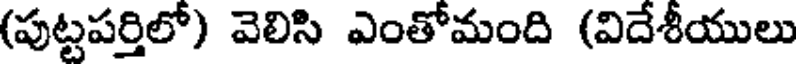
(పుట్టపర్తిలో) వెలిసి ఎంతోమంది (విదేశీయులు